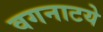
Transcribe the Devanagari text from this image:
वगनाटये